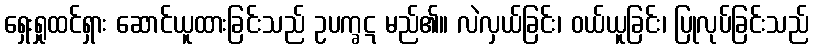
ရှေးရှုထင်ရှား ဆောင်ယူထားခြင်းသည် ဥပက္ခဋ မည်၏။ လဲလှယ်ခြင်း၊ ဝယ်ယူခြင်း၊ ပြုလုပ်ခြင်းသည်